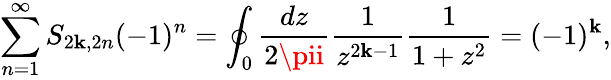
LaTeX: \sum_{n=1}^{\infty}S_{2\mathbf{k},2n}(-1)^{n}=\oint_{0}{\frac{{dz}}{{2\pii}}}{\frac{{1}}{{z^{2\mathbf{k}-1}}}}{\frac{{1}}{{1+z^{2}}}}=(-1)^{\mathbf{k}},